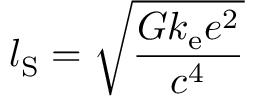
l _ { \mathrm { S } } = { \sqrt { \frac { G k _ { \mathrm { e } } e ^ { 2 } } { c ^ { 4 } } } }